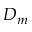
D _ { m }